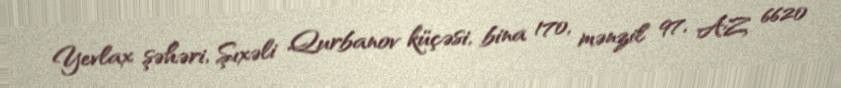
Yevlax şəhəri, Şıxəli Qurbanov küçəsi, bina 170, mənzil 97, AZ 6620